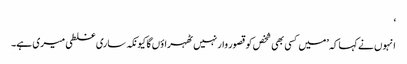
‘
انہوں نے کہا کہ ’میں کسی بھی شخص کو قصور وار نہیں ٹھہراؤں گا کیونکہ ساری غلطی میری ہے۔